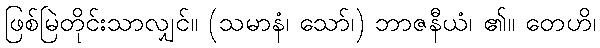
ဖြစ်မြဲတိုင်းသာလျှင်။ (သမာနံ၊ သော်၊) ဘာဇနီယံ၊ ၏။ တေဟိ၊